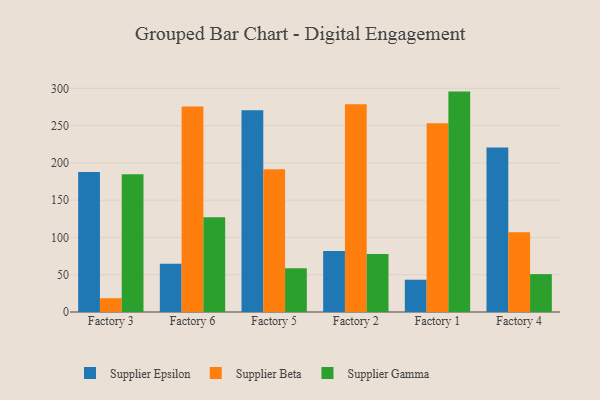
{"axis": {"x": "Factory", "y": "Backlog"}, "legend": ["Supplier Beta", "Supplier Epsilon", "Supplier Gamma"], "data": [{"x": "Factory 3", "y": 187.9, "type": "Supplier Epsilon"}, {"x": "Factory 3", "y": 18.5, "type": "Supplier Beta"}, {"x": "Factory 3", "y": 184.7, "type": "Supplier Gamma"}, {"x": "Factory 6", "y": 64.7, "type": "Supplier Epsilon"}, {"x": "Factory 6", "y": 275.5, "type": "Supplier Beta"}, {"x": "Factory 6", "y": 127.1, "type": "Supplier Gamma"}, {"x": "Factory 5", "y": 270.7, "type": "Supplier Epsilon"}, {"x": "Factory 5", "y": 191.6, "type": "Supplier Beta"}, {"x": "Factory 5", "y": 58.8, "type": "Supplier Gamma"}, {"x": "Factory 2", "y": 81.8, "type": "Supplier Epsilon"}, {"x": "Factory 2", "y": 278.5, "type": "Supplier Beta"}, {"x": "Factory 2", "y": 77.7, "type": "Supplier Gamma"}, {"x": "Factory 1", "y": 43.3, "type": "Supplier Epsilon"}, {"x": "Factory 1", "y": 253.3, "type": "Supplier Beta"}, {"x": "Factory 1", "y": 295.6, "type": "Supplier Gamma"}, {"x": "Factory 4", "y": 220.6, "type": "Supplier Epsilon"}, {"x": "Factory 4", "y": 107.0, "type": "Supplier Beta"}, {"x": "Factory 4", "y": 50.8, "type": "Supplier Gamma"}]}